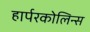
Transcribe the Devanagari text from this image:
हार्परकोलिन्स